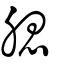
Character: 腮